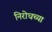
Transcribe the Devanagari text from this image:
निरोधच्या